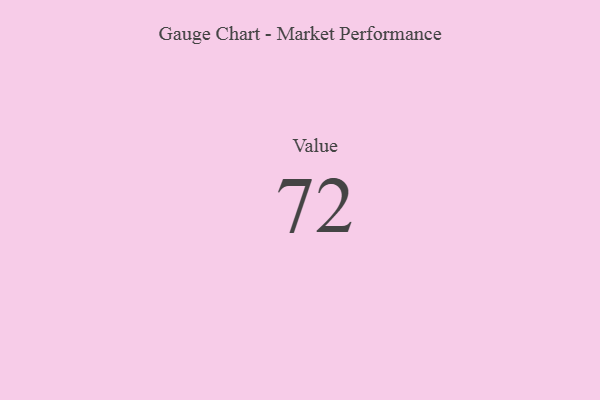
{"axis": {"x": "Metric", "y": "Value"}, "legend": [""], "data": [{"x": "Value", "y": 72, "type": ""}]}